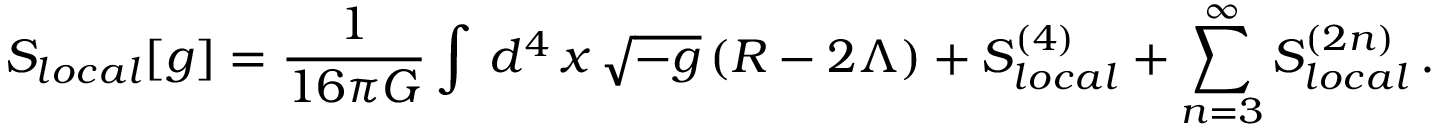
S _ { l o c a l } [ g ] = { \frac { 1 } { 1 6 \pi G } } \int \, d ^ { 4 } \, x \, \sqrt { - g } \, ( R - 2 \Lambda ) + S _ { l o c a l } ^ { ( 4 ) } + \sum _ { n = 3 } ^ { \infty } S _ { l o c a l } ^ { ( 2 n ) } \, .